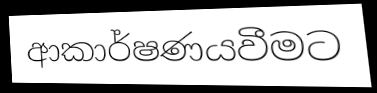
ආකාර්ෂණයවීමට